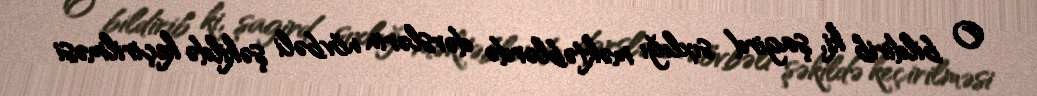
O bildirib ki, şagird sıxlığı məktəblərdə dərslərin növbəli şəkildə keçirilməsi